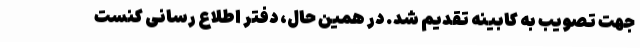
جهت تصویب به کابینه تقدیم شد. در همین حال، دفتر اطلاع رسانی کنست